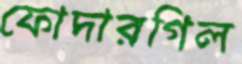
ফোদারগিল